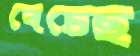
বেচেছ